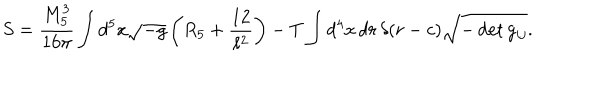
S = \frac { M _ { 5 } ^ { 3 } } { 1 6 \pi } \int d ^ { 5 } x \sqrt { - g } \left( R _ { 5 } + \frac { 1 2 } { \ell ^ { 2 } } \right) - T \int d ^ { 4 } x \, d r \, \delta ( r - c ) \sqrt { - \det g _ { i j } } .